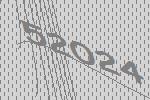
52024